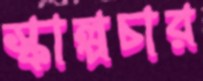
স্কাল্পচার